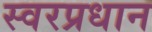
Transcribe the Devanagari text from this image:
स्वरप्रधान